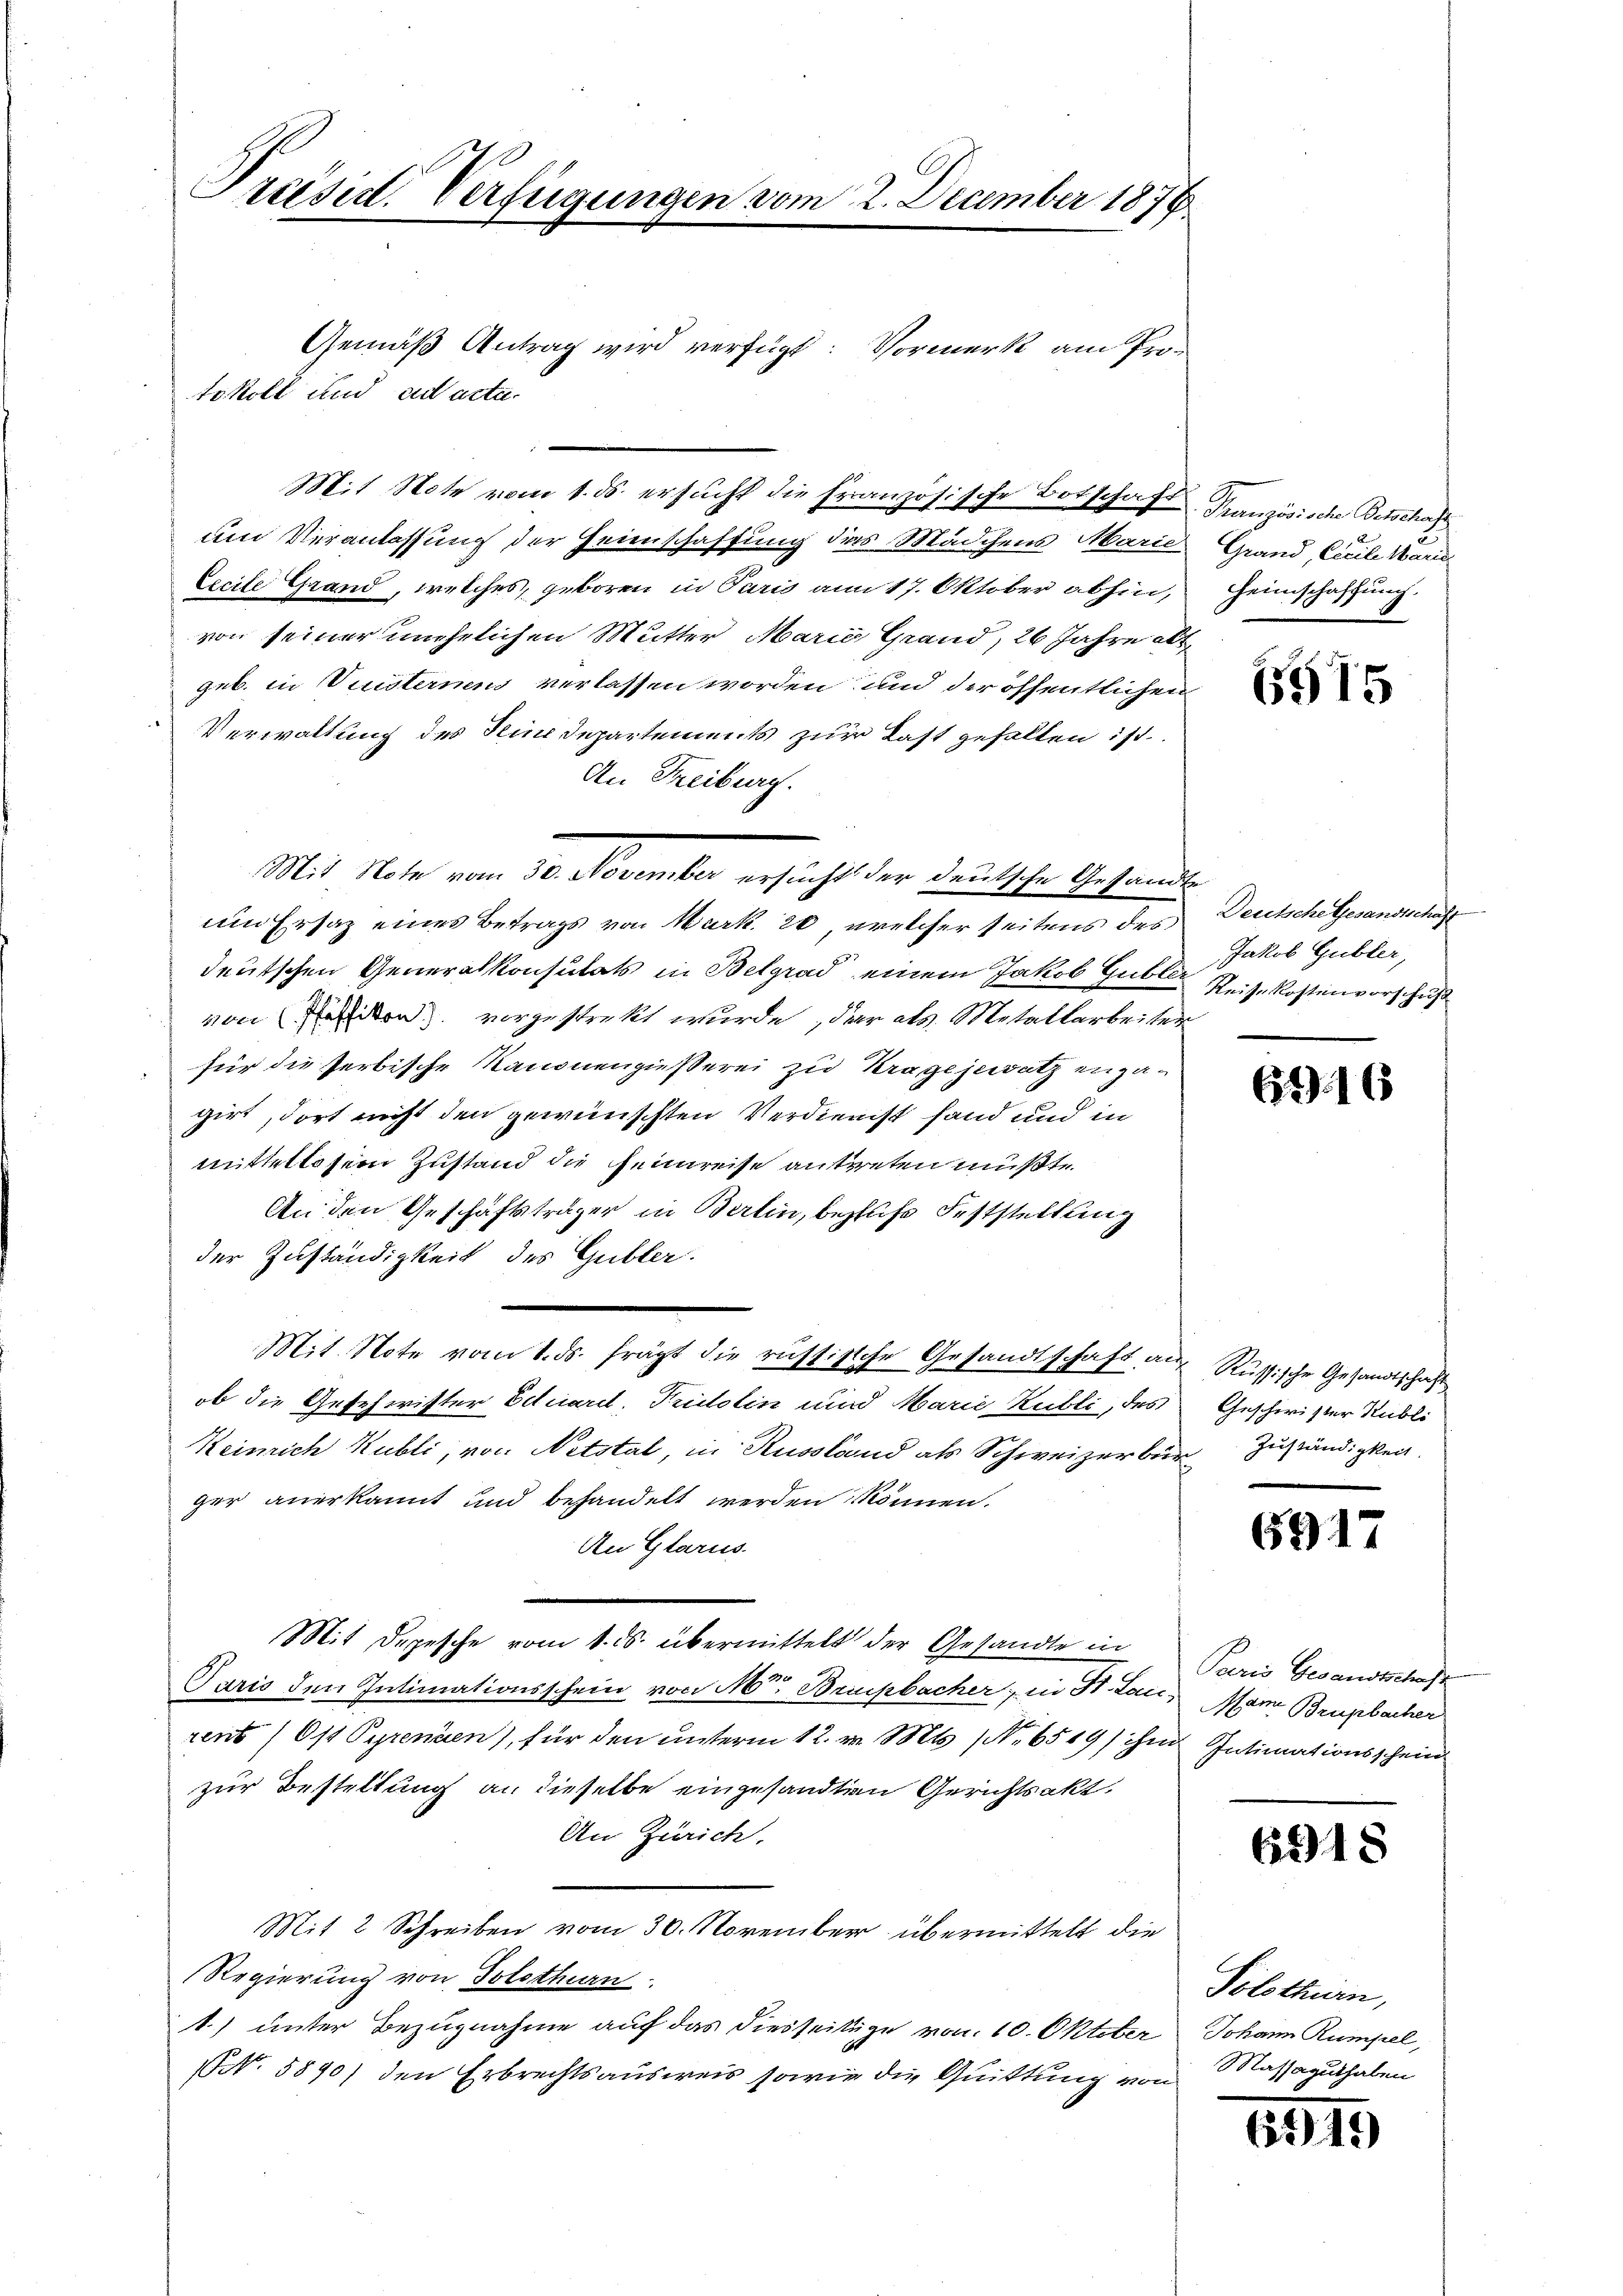
Präsid. Verfügungen vom 2. December 1876.

Gemäß Antrag wird verfügt: Vormerk am Pro¬
Mit Note vom 1. ds. ersucht die Französische Botschaft Französische Beschaf
um Veranlassung der Heienschaffung das Mädchens Marie
Lecile Grand, welches, geboren in Paris am 17. Oktober abhin,
von seiner unehelichen Mutter Marić Grand, 26 Jahre alt
geb. in Leisternen verlassen worden und der öffentlichen
Verwaltung des Kindepartements zur Last gefallen ist.
An Freiburg.
um Ersaz eines Betrags von Mark. 20, welcher seitens des
deutschen Generalkonsulats in Belgrad einem Jakob Gubler Reisekostenvorschuß
von Passikon vorgestrekt wurde, der als Metallarbeiter
für die Verbische Kanonengießerei zu Kragejewatz engagirt, dort nicht den gewünschten Verdienst fand und in
mittellosem Zustand die Heimreise antreten mußte.
An den Geschäftsträger in Berlin, bezliche Feststellung
der Zuständigkeit des Gubler.
Mit Note vom 1. ds. frägt die russische Gesandtschaft auf Russische Gesandtschaft
ob die Geschwister Eduard, Tristolin und Marie Kubli, des
Keinrich Kubli, von Netstal, in Russland als Schweizerbür Zuständigkeit,
ger anerkannt und behandelt werden können.
An Glarus.
Mit Depesche vom 1. ds. übermittelt der Gesandte in Paris Gesandtschaft
Paris den Intimationsschein von M. Brupbacher, in St. Laus Mann Brupbacher
rent (Ost Pyrenden), für den unterm 12. v. Mts. (Nr. 6549/ ihm Intimationsschein
zur Bestellung an dieselbe eingesandten Gerichtsakt,
An Zürich.
Mit 2 Schreiben vom 30. November übermittelt die
Regierung von Solothurn
1) unter Bezugnahme auf das diesseitige von 10. Oktober Johann Rumpel,
NNo. 5890) den Erbrechtsausweis sowie die Quittung von Massaguthaben

x
sind ad a.
tokoll
tu¬

Mit Note vom 30. November ersucht der deutsche Gesandte

Grand, Cicile Marie
Heimschaftung.

6975

Deutsche Gesandtschaft
Jakob Gubler,

62. 16

Geschwister Rubli

6917

618

Solothurn,

6919